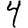
Digit: 4